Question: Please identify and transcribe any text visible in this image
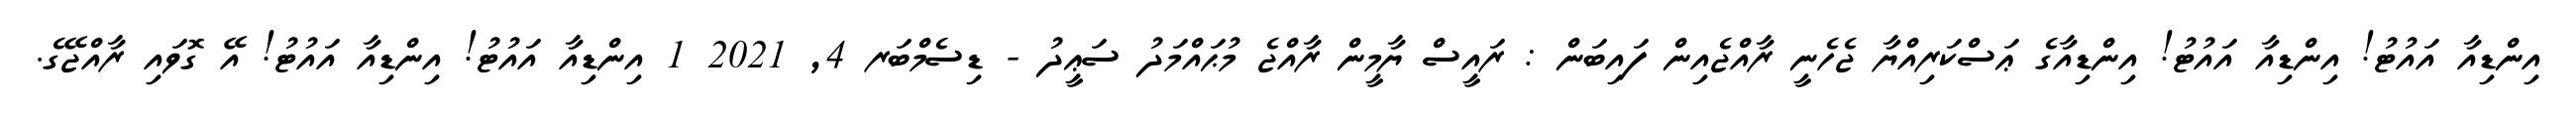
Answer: އިންޑިއާ އައުޓު! އިންޑިއާ އައުޓު! އިންޑިއާގެ ޢަސްކަރިއްޔާ ޖެހެނީ ރާއްޖެއިން ފައިބަން : ރައީސް ޔާމީން ރާއްޖެ މުޙައްމަދު ސަޢީދު - ޑިސެމްބަރ 4, 2021 1 އިންޑިއާ އައުޓު! އިންޑިއާ އައުޓު! އޭ ގޮވައި ރާއްޖޭގެ.